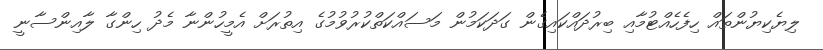
ލިޔެކިޔުންތައް ހިފެހެއްޓުމާއި ބިރުދައްކައިގެން ގަދަކަމުން މަސައްކަތްކުރުވުމުގެ އިތުރަށް އެމީހުންނާ މެދު ހިންގާ ލާއިންސާނީ